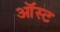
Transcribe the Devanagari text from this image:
ऑस्ट